system: You are a helpful assistant.
user:
Analyze the provided spectrum to determine if it is a **M-type Giant (gM)**.

A M-type Giant spectrum is defined by its **strong molecular absorption** features, particularly from **Titanium Oxide (TiO)**. You must check for one of the following mutually exclusive signatures:

- **Key Visual Indicators (Absorption-Dominated Spectrum):**

    - **(Primary):** The spectrum is dominated by strong molecular absorption from **Titanium Oxide (TiO)**. This is the **defining feature** of its M-type temperature class.
        - **(Key Bandheads):** Look for sharp, "saw-tooth" absorption valleys. The strongest are located near **~7050 Å**, **~6160 Å**, and **~5170 Å**.
        - **(Line Profile):** The "saw-tooth" morphology is critical: a **sharp, steep drop on the BLUE (short-wavelength) side** of the bandhead, followed by a gradual recovery (rising flux) towards the RED (long-wavelength) side.

    - **(Key Confirmation - Giant vs. Dwarf):** **ABSENCE** of strong **Calcium Hydride (CaH)** molecular bands. This is the primary diagnostic for *excluding* M-dwarfs.
        - **(Key Region):** The spectrum should lack the strong, broad absorption band seen in dwarfs between **~6800 Å and ~7000 Å**.

    - **(Secondary Confirmation - Giant):** A very strong and broad **Neutral Calcium (Ca I)** atomic absorption line.
        - **(Key Line):** Located at **~4226 Å**. In a giant (gM), this line is significantly deeper and broader than the same line in an M-dwarf (dM) due to low surface gravity.

    - **(Overall Spectrum):**
        - The continuum is **extremely red-sloping** (i.e., flux is very low in the blue and rises dramatically towards the red).
        - The entire spectrum appears "chopped up" by the deep TiO bands.

Think first, call **spectral_visualization_tool** if needed to examine features in detail, then provide your final answer. Your response must adhere to the following strict rules:
1.  **Overall Structure:** Your response must follow the format `<think>...</think> <tool_call>...</tool_call> (if a tool is used) <answer>...</answer>`.
2.  **Tool Usage Constraint:** You may only make **one** tool call per turn.
3.  **Final Answer Format:** In the `<answer>` tag, your conclusion must be inside a `\boxed{}` command (e.g., `\boxed{YES}` or `\boxed{NO}`), followed by your justification.

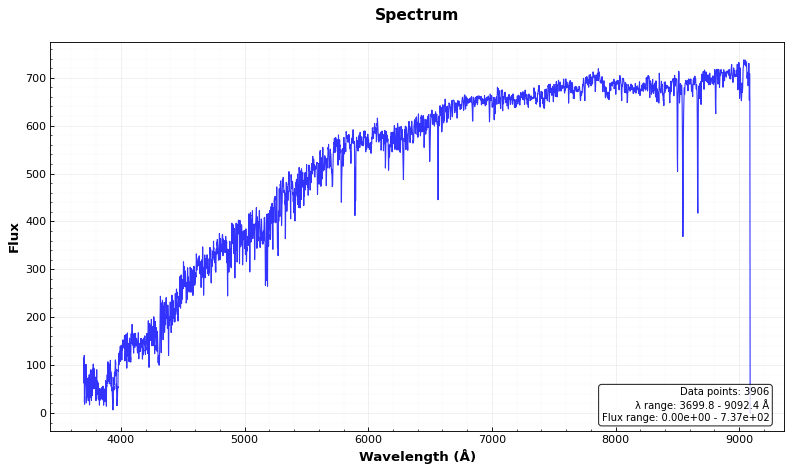
Answer: NO